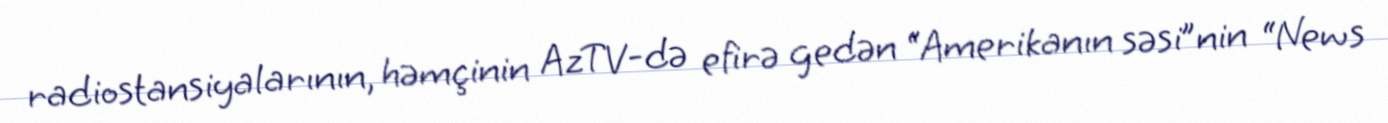
radiostansiyalarının, həmçinin AzTV-də efirə gedən “Amerikanın səsi”nin “News